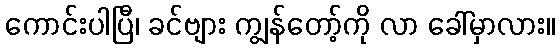
ကောင်းပါပြီ၊ ခင်ဗျား ကျွန်တော့်ကို လာ ခေါ်မှာလား။